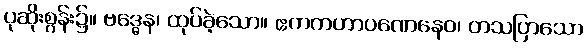
ပုဆိုးစွန်း၌။ ဗဒ္ဓေန၊ ထုပ်ခဲ့သော။ ဧကကဟာပဏေနေဝ၊ တသပြာသော